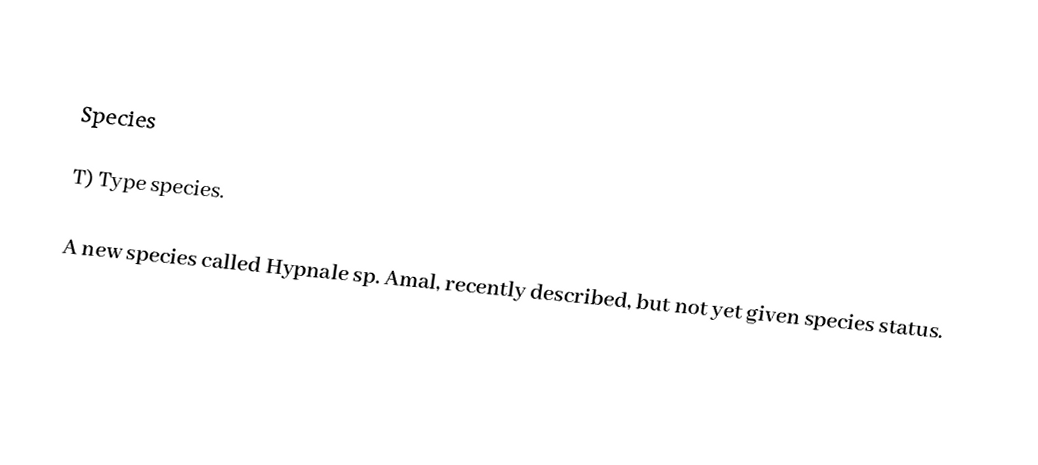

Species

T) Type species.

A new species called Hypnale sp. Amal, recently described, but not yet given species status.